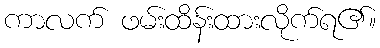
ကာလက် ဖမ်းထိန်းထားလိုက်ရ၏။